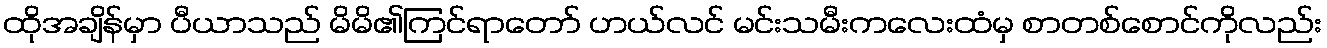
ထိုအချိန်မှာ ပီယာသည် မိမိ၏ကြင်ရာတော် ဟယ်လင် မင်းသမီးကလေးထံမှ စာတစ်စောင်ကိုလည်း